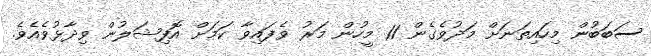
ސަބަބުން މިހައިތަނަށް މަދުވެގެން 11 މީހުން މަރު ވެފައިވާ ކަމަށް އޮފިޝަލުން ވިދާޅުވެއެވެ.